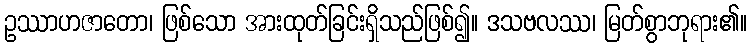
ဥဿာဟဇာတော၊ ဖြစ်သော အားထုတ်ခြင်းရှိသည်ဖြစ်၍။ ဒသဗလဿ၊ မြတ်စွာဘုရား၏။